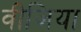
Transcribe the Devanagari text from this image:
वीजिया